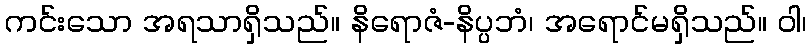
ကင်းသော အရသာရှိသည်။ နိရောဇံ-နိပ္ပဘံ၊ အရောင်မရှိသည်။ ဝါ၊